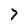
Character: 7